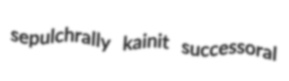
sepulchrally kainit successoral